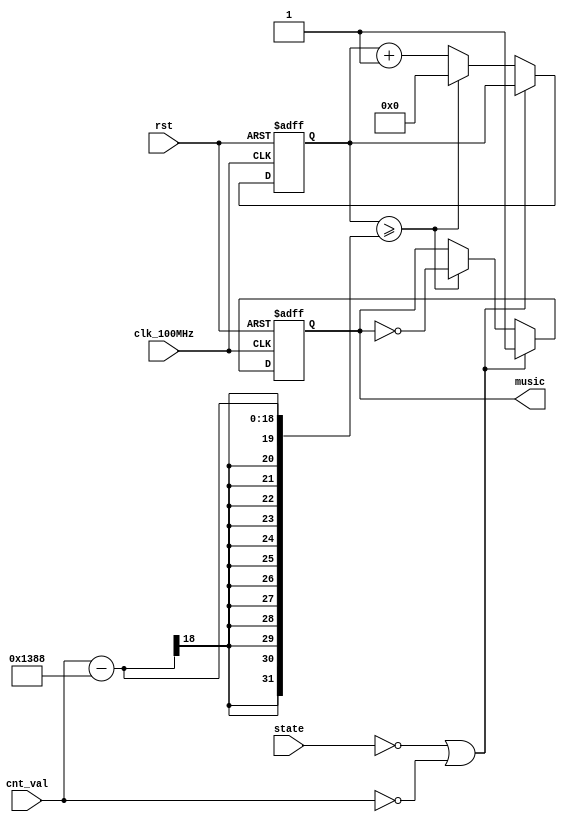
`timescale 1ns / 1ps
//////////////////////////////////////////////////////////////////////////////////
// Company: 
// Engineer: 
// 
// Design Name: 
// Module Name: MusicGen
// Project Name: 
// Target Devices: 
// Tool Versions: 
// Description: 
// 
// Dependencies: 
// 
// Revision:
// Revision 0.01 - File Created
// Additional Comments:
// 
//////////////////////////////////////////////////////////////////////////////////


module MusicGen(
    input wire         clk_100MHz,
    input wire         rst,
    input wire  [1:0] state,
    input wire  [17:0] cnt_val,
    
    output reg         music
    );
    parameter STOP = 2'b00;
    reg   [17:0] cnt;
    
always @ (posedge clk_100MHz ,posedge rst )
    begin    
        if(rst)
			begin
				cnt <= 18'b0;
				music <= 1'b1;
			end
		else if(state == STOP || cnt_val == 0)
			music <= 1'b1;
        else if( cnt >= cnt_val-5000 )
			begin
				music <= ~music;
				cnt <= 18'b0;
			end
        else
            cnt <= cnt + 1;
    end  
 
endmodule